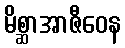
မိစ္ဆာအာဇီဝေန